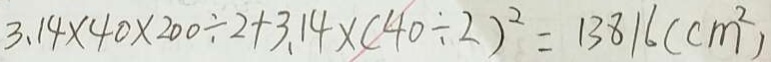
3 . 1 4 \times 4 0 \times 2 0 0 \div 2 + 3 . 1 4 \times ( 4 0 \div 2 ) ^ { 2 } = 1 3 8 1 6 ( c m ^ { 2 } )